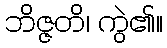
ဘိဇ္ဇတိ၊ ကွဲ၏။